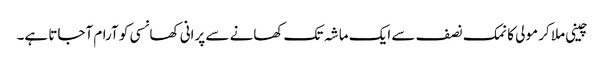
چینی ملا کر مولی کا نمک نصف سے ایک ماشہ تک کھانے سے پرانی کھانسی کو آرام آجاتا ہے۔